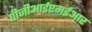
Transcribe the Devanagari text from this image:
पीजीआईएमईआर